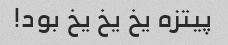
پیتزه یخ یخ یخ بود!